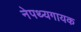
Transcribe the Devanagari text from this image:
नेपथ्यगायक